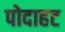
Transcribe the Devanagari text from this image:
पोदाहट